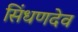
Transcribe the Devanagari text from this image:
सिंधणदेव